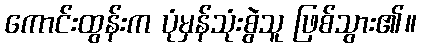
ကောင်းထွန်းက ပုံမှန်သုံးစွဲသူ ဖြစ်သွား၏။